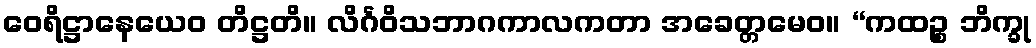
ဝေရိဋ္ဌာနေယေဝ တိဋ္ဌတိ။ လိင်္ဂဝိသဘာဂကာလကတာ အခေတ္တမေဝ။ “ကထဉ္စ ဘိက္ခု